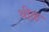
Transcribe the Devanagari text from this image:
थीळ